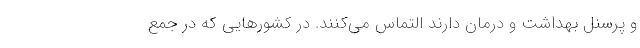
و پرسنل بهداشت و درمان دارند التماس می‌کنند. در کشورهایی که در جمع